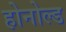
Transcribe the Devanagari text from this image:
होनोल्ड